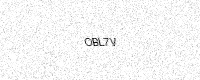
Text: OBL7V